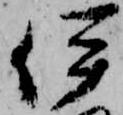
伊